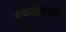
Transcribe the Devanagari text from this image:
उपाययोजनांमध्ये